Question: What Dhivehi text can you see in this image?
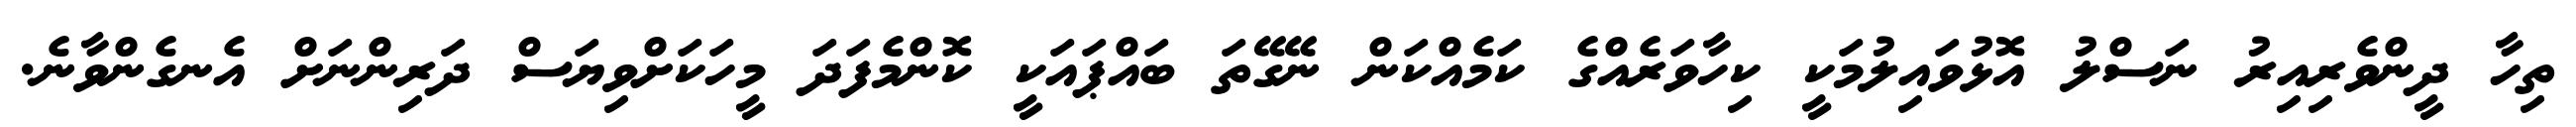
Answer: ތިހާ ދީންވެރިއިރު ނަސްލު އޮޅުވައިލުމަކީ ކިހާވަރެއްގެ ކަމެއްކަން ނޭގޭތަ ބައްޕައަކީ ކޮންމެފަދަ މީހަކަށްވިޔަސް ދަރިންނަށް އެނގެންވާނެ.